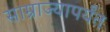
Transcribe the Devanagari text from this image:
साम्राज्यापर्यंत